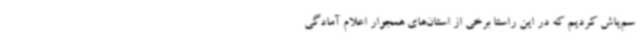
سم‌پاش کردیم که در این راستا برخی از استان‌های همجوار اعلام آمادگی